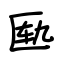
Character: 匦